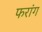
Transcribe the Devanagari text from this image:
फरांग